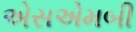
એસએમબી